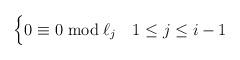
LaTeX: \begin{align*}\begin{cases} 0 \equiv 0 \bmod \ell_j & 1 \leq j \leq i-1 \\\end{cases} \end{align*}